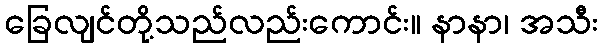
ခြေလျင်တို့သည်လည်းကောင်း။ နာနာ၊ အသီး